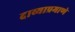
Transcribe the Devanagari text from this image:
दाव्याप्रमाणे